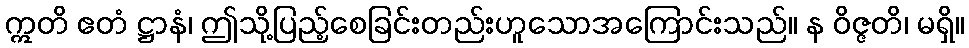
ဣတိ ဧတံ ဋ္ဌာနံ၊ ဤသို့ပြည့်စေခြင်းတည်းဟူသောအကြောင်းသည်။ န ဝိဇ္ဇတိ၊ မရှိ။